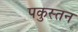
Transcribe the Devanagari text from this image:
पकुस्तन